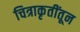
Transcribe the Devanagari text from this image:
चित्राकृतींतून